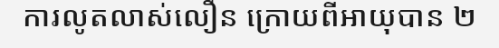
ការលូតលាស់លឿន ក្រោយពីអាយុបាន ២